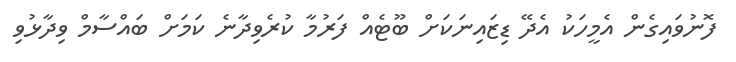
ފޮނުވައިގެން އެމީހަކު އެދޭ ޑިޒައިނަކަށް ބޫޓެއް ފަރުމާ ކުރެވިދާނެ ކަމަށް ބައްސާމް ވިދާޅުވި